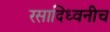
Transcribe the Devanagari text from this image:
रसादिध्वनीच